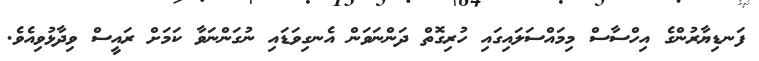
ފަނޑިޔާރުންގެ އިހްސާސް މިމައްސަލައިގައި ހުރިގޮތް ދަންނަވަން އެނގިވަޑައި ނުގަންނަވާ ކަމަށް ރައީސް ވިދާޅުވިއެވެ.